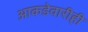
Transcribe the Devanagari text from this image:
आकडेवारीही